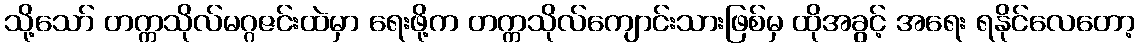
သို့သော် တက္ကသိုလ်မဂ္ဂဇင်းထဲမှာ ရေးဖို့က တက္ကသိုလ်ကျောင်းသားဖြစ်မှ ထိုအခွင့် အရေး ရနိုင်လေတော့